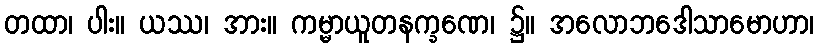
တထာ၊ ပါး။ ယဿ၊ အား။ ကမ္မာယူတနက္ခဏေ၊ ၌။ အလောဘဒေါသာမောဟာ၊